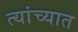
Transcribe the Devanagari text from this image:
त्‍यांच्‍यात